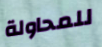
للمحاولة